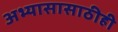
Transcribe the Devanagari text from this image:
अभ्यासासाठीही